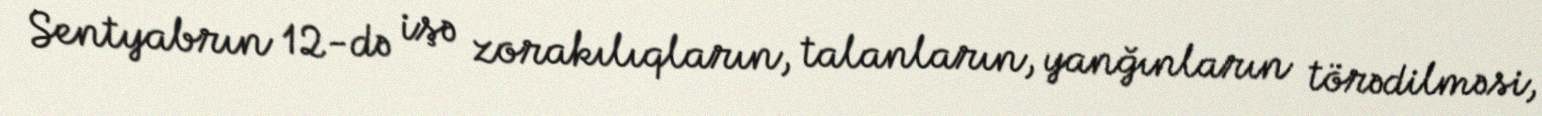
Sentyabrın 12-də işə zorakılıqların, talanların, yanğınların törədilməsi,